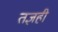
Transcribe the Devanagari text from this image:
तज्ञही